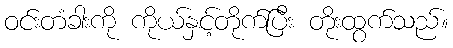
ဝင်းတံခါးကို ကိုယ်နှင့်တိုက်ပြီး တိုးထွက်သည်။